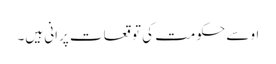
او سے حکومت کی توقعات پرانی ہیں۔